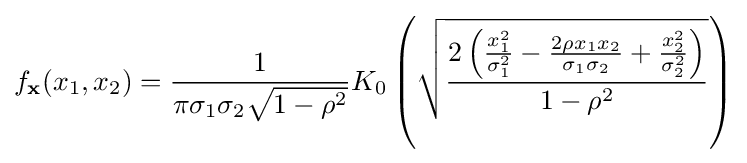
f_{\mathbf {x} }(x_{1},x_{2})={\frac {1}{\pi \sigma _{1}\sigma _{2}{\sqrt {1-\rho ^{2}}}}}K_{0}\left({\sqrt {\frac {2\left({\frac {x_{1}^{2}}{\sigma _{1}^{2}}}-{\frac {2\rho x_{1}x_{2}}{\sigma _{1}\sigma _{2}}}+{\frac {x_{2}^{2}}{\sigma _{2}^{2}}}\right)}{1-\rho ^{2}}}}\right)